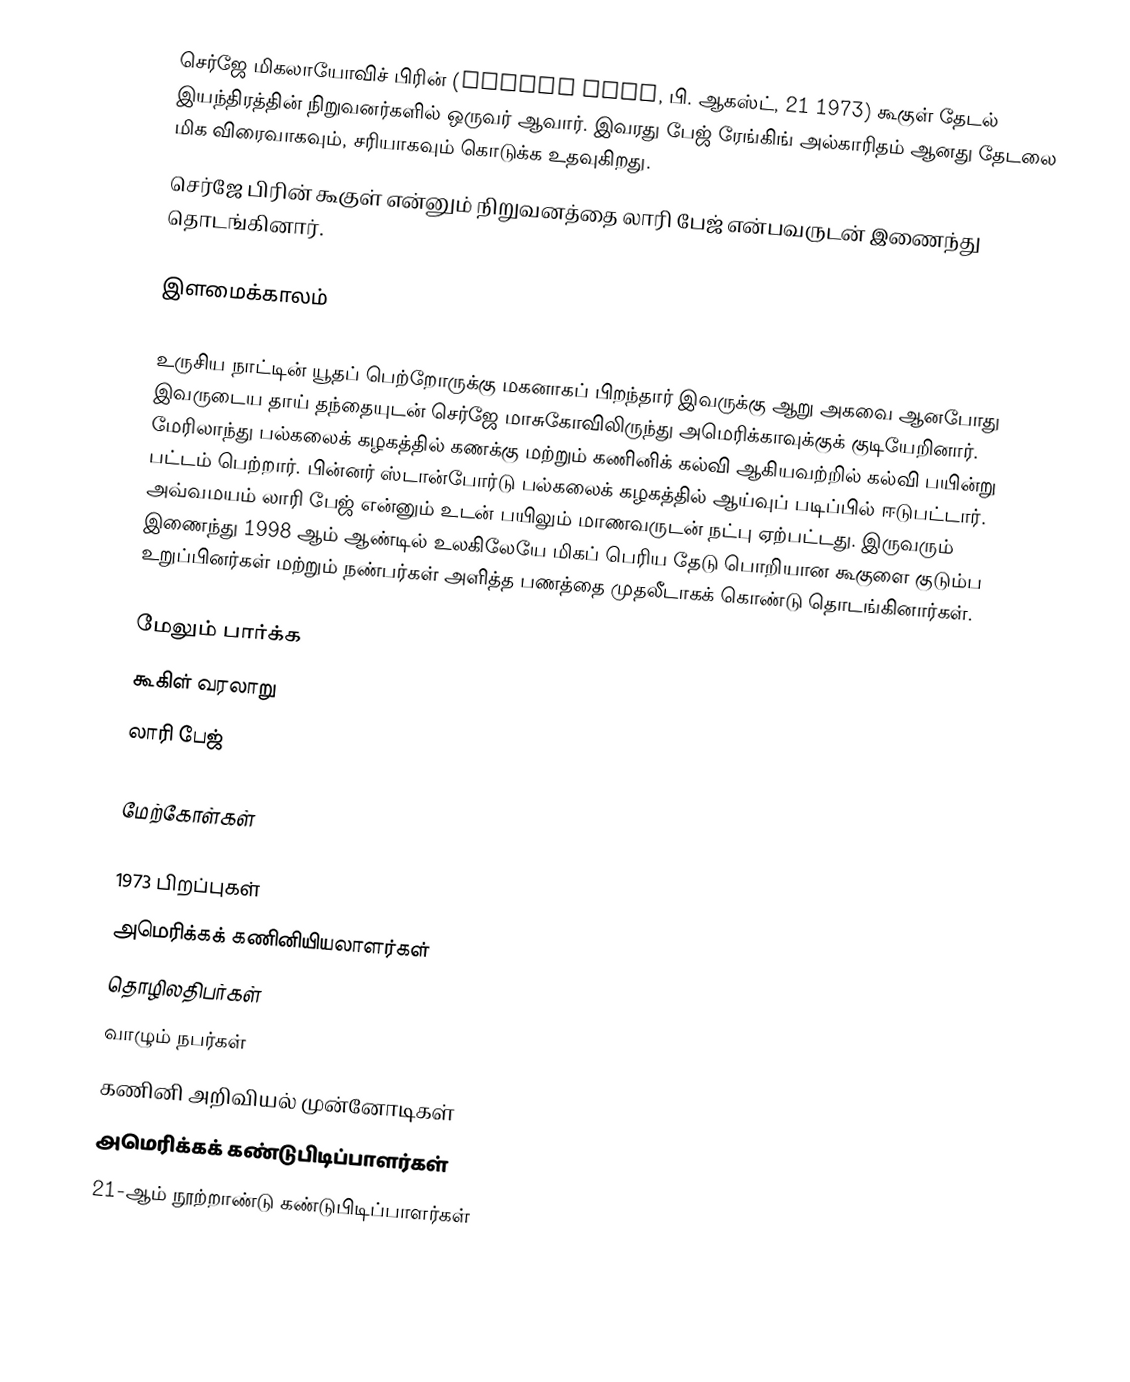
செர்ஜே மிகலாயோவிச் பிரின் (Sergey Brin, பி. ஆகஸ்ட், 21 1973) கூகுள் தேடல் இயந்திரத்தின் நிறுவனர்களில் ஒருவர் ஆவார். இவரது பேஜ் ரேங்கிங் அல்காரிதம் ஆனது தேடலை மிக விரைவாகவும், சரியாகவும் கொடுக்க உதவுகிறது.
செர்ஜே பிரின் கூகுள் என்னும் நிறுவனத்தை லாரி பேஜ் என்பவருடன் இணைந்து தொடங்கினார்.

இளமைக்காலம்

உருசிய நாட்டின் யூதப் பெற்றோருக்கு மகனாகப்  பிறந்தார்   இவருக்கு ஆறு அகவை ஆனபோது இவருடைய தாய் தந்தையுடன் செர்ஜே  மாசுகோவிலிருந்து அமெரிக்காவுக்குக் குடியேறினார். மேரிலாந்து பல்கலைக் கழகத்தில் கணக்கு மற்றும் கணினிக் கல்வி ஆகியவற்றில்  கல்வி பயின்று பட்டம் பெற்றார். பின்னர் ஸ்டான்போர்டு பல்கலைக் கழகத்தில் ஆய்வுப் படிப்பில் ஈடுபட்டார்.  அவ்வமயம் லாரி பேஜ் என்னும்  உடன் பயிலும் மாணவருடன் நட்பு ஏற்பட்டது.  இருவரும் இணைந்து 1998 ஆம்  ஆண்டில் உலகிலேயே மிகப் பெரிய தேடு பொறியான கூகுளை குடும்ப உறுப்பினர்கள் மற்றும் நண்பர்கள் அளித்த  பணத்தை முதலீடாகக் கொண்டு  தொடங்கினார்கள்.

மேலும் பார்க்க
 கூகிள் வரலாறு
 லாரி பேஜ்

மேற்கோள்கள்

1973 பிறப்புகள்
அமெரிக்கக் கணினியியலாளர்கள்
தொழிலதிபர்கள்
வாழும் நபர்கள்
கணினி அறிவியல் முன்னோடிகள்
அமெரிக்கக் கண்டுபிடிப்பாளர்கள்
21-ஆம் நூற்றாண்டு கண்டுபிடிப்பாளர்கள்